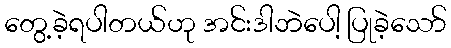
တွေ့ခဲ့ရပါတယ်ဟု အင်းဒါဘဲပေါ့ ပြုခဲ့သော်